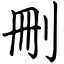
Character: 刪